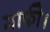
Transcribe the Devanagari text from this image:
माफी।